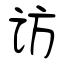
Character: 访